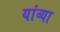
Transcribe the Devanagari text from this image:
यांव्या